Civil Veterinary Department. United Provinces 1932-42 - 1932-1942
Year: 1932
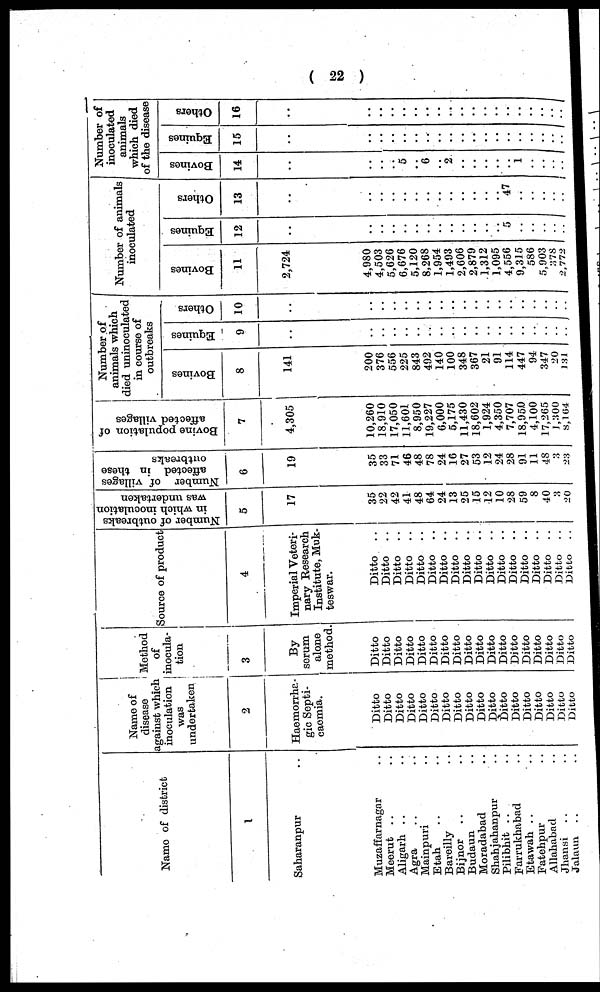
(22)
Name of district
1
Saharanpur ..
Muzaffarnagar ..
Meerut .. ..
Aligarh .. ..
Agra
Mainpuri ..
Etah .. ..
Bareilly ..
Bijnor .. ..
Budaun ..
Moradabad ..
Shahjahanpur ..
Pilibhit .. ..
Farrukhabad ..
Etawah .. ..
Fatehpur ..
Allahabad ..
Jhansi .. ..
Jalaun .. ..
Name of
disease
against which
inoculation
was
undertaken
2
Haernorrha¬
gic Septi-
caemia.
Ditto
Ditto Ditto
Ditto
Ditto
Ditto
Ditto
Ditto
Ditto
Ditto
Ditto
Ditto
Ditto
Ditto
Ditto
Ditto
Ditto
Ditto
Method
of
inocula-
tion
3
By
serum.
alone
method.
Ditto
Ditto Ditto
Ditto
Ditto
Ditto
Ditto
Ditto
Ditto
Ditto
Ditto
Ditto
Ditto
Ditto
Ditto
Ditto
Ditto
Ditto
Source of product
4
Imperial Veteri-
nary Research
Institute, Muk-
teswar.
Ditto ..
Ditto Ditto ..
Ditto ..
Ditto ..
Ditto ..
Ditto ..
Ditto ..
Ditto ..
Ditto ..
Ditto ..
Ditto ..
Ditto ..
Ditto ..
Ditto ..
Ditto ..
Ditto ..
Ditto ..
Number of outbreaks
in which inoculation
was undertaken
5
17
35
22
42
41
48
64
24
13
25
15
12
10
28
59
8
40
3
20
Number of villages
affected in these
outbreaks
6
19
35
33
71
46
48
78
24
16
27
53
12
24
28
91
11
48
3
23
Bovine population of
affected villages
7
4,305
10,260
18,910
17,050
11,601
8,950
19,227
6,000
5,175
11,430
18,602
1,924
4,350
7,707
18,950
4,100
17,265
1300
8,164
Number of
animals which
died uninoculated
in course of
outbreaks
Bovines
8
141
200
376
556
225
843
492
140
100
348
367
21
91
114
447
94
347
20
131
Equines
9
..
..
..
Others
10
..
..
..
..
Number of animals
inoculated
Bovines
11
2,724
4,980
4,503
5,626
6,676
5,120
8,268
1,954
1,493
2,606
2,879
1,312
1,095
4,556
9,315
586
5,903
378
2,772
Equines
12
..
5
..
..
..
..
..
Others
13
..
47
..
..
..
..
..
Number of
inoculated
animals
which died
of the disease
Bovines
14
..
5
6
2
1
..
..
Equines
15
..
..
..
Others
16
..
..